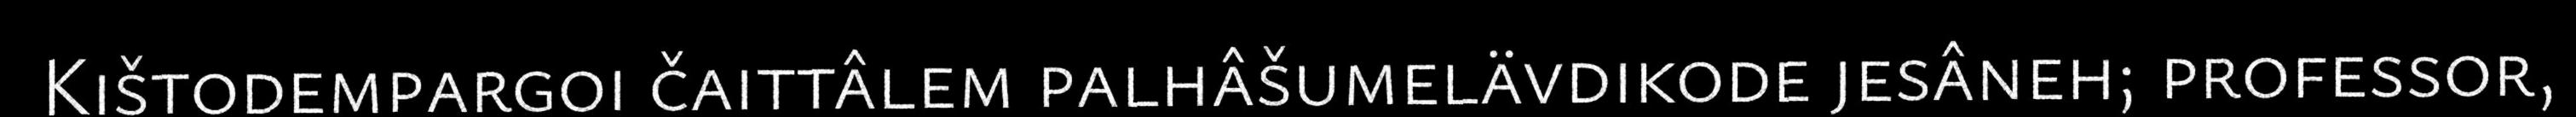
Kištodempargoi čaittâlem palhâšumelävdikode jesâneh; professor,